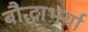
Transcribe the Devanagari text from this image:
बौद्धाभर्या